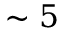
\sim 5